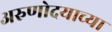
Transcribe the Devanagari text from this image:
अरुणोदयाच्या